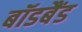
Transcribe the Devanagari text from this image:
बॉडबैंड